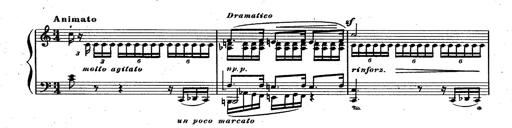
Title: RÃ©miniscences des Huguenots
Composer: Franz Liszt